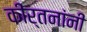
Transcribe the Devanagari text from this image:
कीर्तनांनी